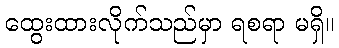
ထွေးထားလိုက်သည်မှာ ရစရာ မရှိ။